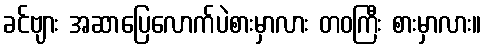
ခင်ဗျား အဆာပြေလောက်ပဲစားမှာလား တဝကြီး စားမှာလား။